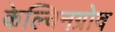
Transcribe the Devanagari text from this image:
केल्विनग्रोव